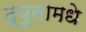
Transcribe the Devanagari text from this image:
द्यूतामधे